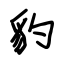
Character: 豹